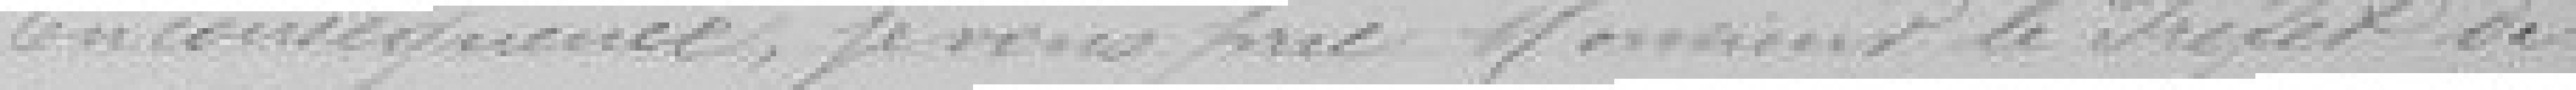
En conséquence, je vous prie Monsieur le Préfet de